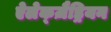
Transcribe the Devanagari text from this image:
ऐलेक्ज़ैड्रियन